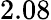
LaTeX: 2.08